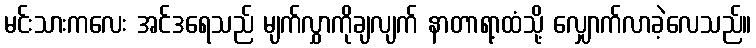
မင်းသားကလေး အင်ဒရေသည် မျက်လွှာကိုချလျက် နာတာရာ့ထံသို့ လျှောက်လာခဲ့လေသည်။